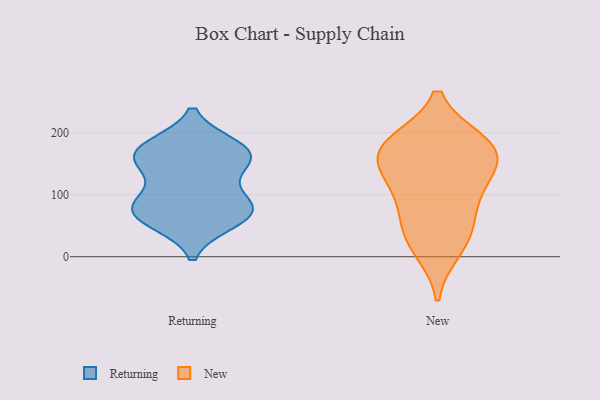
{"axis": {"x": "Backlog", "y": "Value"}, "legend": ["New", "Returning"], "data": [{"x": "", "y": 142, "type": "Returning"}, {"x": "", "y": 84, "type": "Returning"}, {"x": "", "y": 164, "type": "Returning"}, {"x": "", "y": 55, "type": "Returning"}, {"x": "", "y": 163, "type": "Returning"}, {"x": "", "y": 71, "type": "Returning"}, {"x": "", "y": 179, "type": "Returning"}, {"x": "", "y": 87, "type": "Returning"}, {"x": "", "y": 55, "type": "Returning"}, {"x": "", "y": 84, "type": "Returning"}, {"x": "", "y": 142, "type": "Returning"}, {"x": "", "y": 169, "type": "Returning"}, {"x": "", "y": 79, "type": "Returning"}, {"x": "", "y": 179, "type": "Returning"}, {"x": "", "y": 129, "type": "New"}, {"x": "", "y": 117, "type": "New"}, {"x": "", "y": 158, "type": "New"}, {"x": "", "y": 33, "type": "New"}, {"x": "", "y": 54, "type": "New"}, {"x": "", "y": 184, "type": "New"}, {"x": "", "y": 12, "type": "New"}, {"x": "", "y": 170, "type": "New"}, {"x": "", "y": 172, "type": "New"}, {"x": "", "y": 184, "type": "New"}, {"x": "", "y": 87, "type": "New"}]}